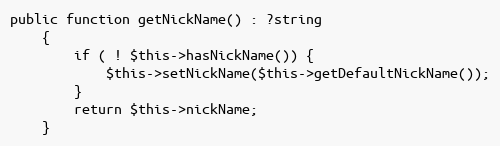
Language: PHP
public function getNickName() : ?string
    {
        if ( ! $this->hasNickName()) {
            $this->setNickName($this->getDefaultNickName());
        }
        return $this->nickName;
    }